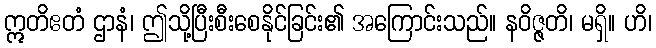
ဣတိဧတံ ဌာနံ၊ ဤသို့ပြီးစီးစေနိုင်ခြင်း၏ အကြောင်းသည်။ နဝိဇ္ဇတိ၊ မရှိ။ ဟိ၊